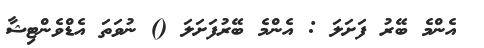
އެންމެ ބޭރު ފަށަލަ : އެންމެ ބޭރުފަށަލަ () ނުވަތަ އެޑްވެންޓިޝާ